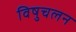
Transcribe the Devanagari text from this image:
विषुचलन